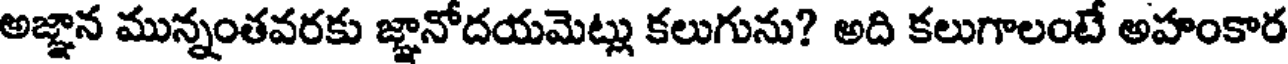
అజ్ఞాన మున్నంతవరకు జ్ఞానోదయమెట్లు కలుగును? అది కలుగాలంటే అహంకార